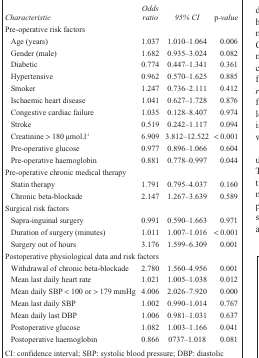
| Characteristic | Odds ratio | 95% CI | p-value |
 | --- | --- | --- | --- |
 | <COLSPAN=4> Pre-operative risk factors |
 | Age (years) | 1.037 | 1.010–1.064 | 0.006 |
 | Gender (male) | 1.682 | 0.935–3.024 | 0.082 |
 | Diabetic | 0.774 | 0.447–1.341 | 0.361 |
 | Hypertensive | 0.962 | 0.570–1.625 | 0.885 |
 | Smoker | 1.247 | 0.736–2.111 | 0.412 |
 | Ischaemic heart disease | 1.041 | 0.627–1.728 | 0.876 |
 | Congestive cardiac failure | 1.035 | 0.128–8.407 | 0.974 |
 | Stroke | 0.519 | 0.242–1.117 | 0.094 |
 | Creatinine > 180 μmol.l-1 | 6.909 | 3.812–12.522 | < 0.001 |
 | Pre-operative glucose | 0.977 | 0.896–1.066 | 0.604 |
 | Pre-operative haemoglobin | 0.881 | 0.778–0.997 | 0.044 |
 | <COLSPAN=4> Pre-operative chronic medical therapy |
 | Statin therapy | 1.791 | 0.795–4.037 | 0.160 |
 | Chronic beta-blockade | 2.147 | 1.267–3.639 | 0.589 |
 | <COLSPAN=4> Surgical risk factors |
 | Supra-inguinal surgery | 0.991 | 0.590–1.663 | 0.971 |
 | Duration of surgery (minutes) | 1.011 | 1.007–1.016 | < 0.001 |
 | Surgery out of hours | 3.176 | 1.599–6.309 | 0.001 |
 | <COLSPAN=4> Postoperative physiological data and risk factors |
 | Withdrawal of chronic beta-blockade | 2.780 | 1.560–4.956 | 0.001 |
 | Mean last daily heart rate | 1.021 | 1.005–1.038 | 0.012 |
 | Mean daily SBP < 100 or > 179 mmHg | 4.006 | 2.026–7.920 | 0.000 |
 | Mean last daily SBP | 1.002 | 0.990–1.014 | 0.767 |
 | Mean daily last DBP | 1.006 | 0.981–1.031 | 0.637 |
 | Postoperative glucose | 1.082 | 1.003–1.166 | 0.041 |
 | Postoperative haemoglobin | 0.866 | 0737–1.018 | 0.081 |